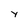
Character: y